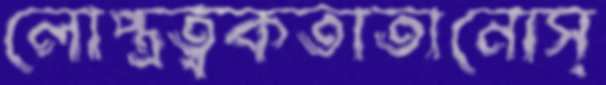
লোপ্ত্রত্বকতাতানোস্